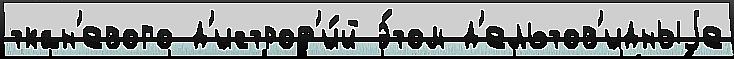
ткан'евого д'истроф'и́й э́том д'ельтов'идныjе